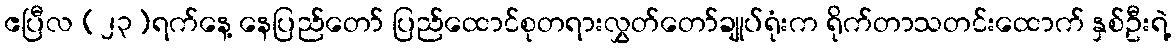
ဧပြီလ (၂၃)ရက်နေ့ နေပြည်တော် ပြည်ထောင်စုတရားလွှတ်တော်ချုပ်ရုံးက ရိုက်တာသတင်းထောက် နှစ်ဦးရဲ့